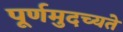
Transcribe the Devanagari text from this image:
पूर्णमुदच्यते